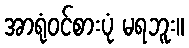
အာရုံဝင်စားပုံ မရဘူး။